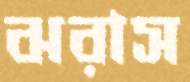
ঝরাস